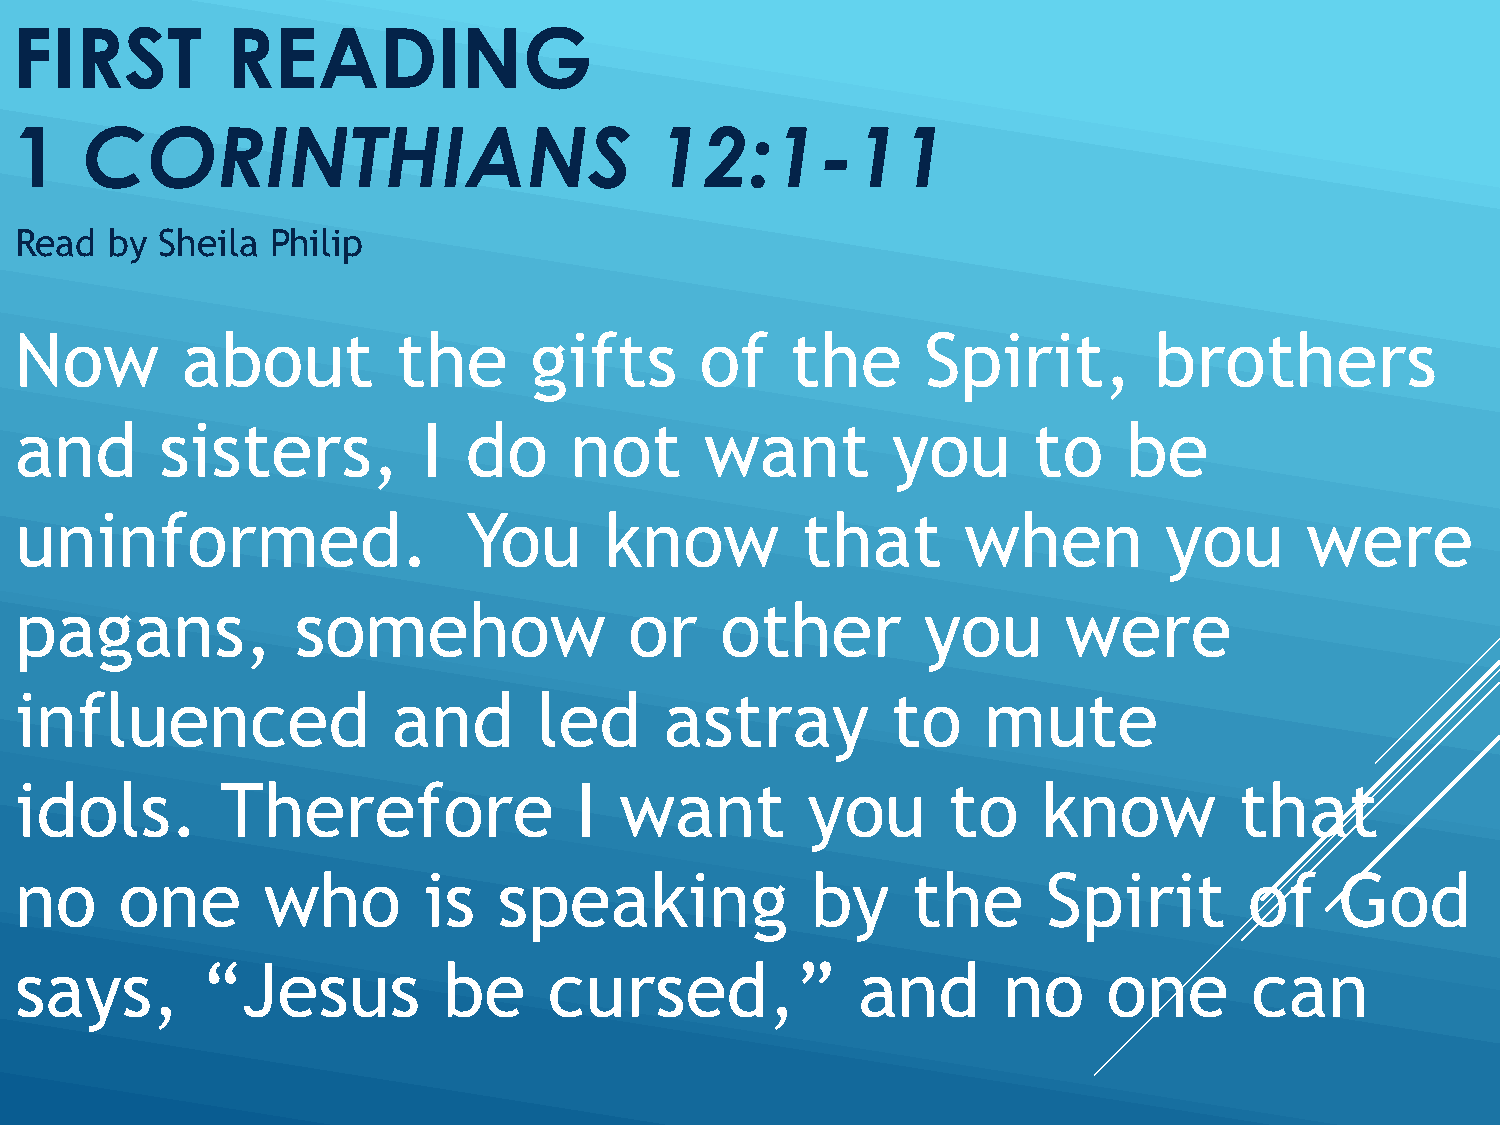
FIRST         READING
 1   CORINTHIANS                           12:1-11
 Read  by Sheila  Philip
 Now        about         the      gifts      of    the      Spirit,        brothers
 and       sisters,         I  do     not      want        you      to     be
 uninformed.                   You      know         that       when         you       were
 pagans,            somehow               or    other        you      were
 influenced               and       led     astray         to    mute
 idols.        Therefore              I  want        you       to    know         that
 no     one      who        is   speaking             by    the      Spirit        of    God
 says,       “Jesus          be     cursed,”             and      no     one       can